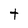
Character: t